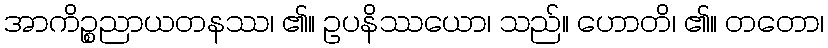
အာကိဉ္စညာယတနဿ၊ ၏။ ဥပနိဿယော၊ သည်။ ဟောတိ၊ ၏။ တတော၊